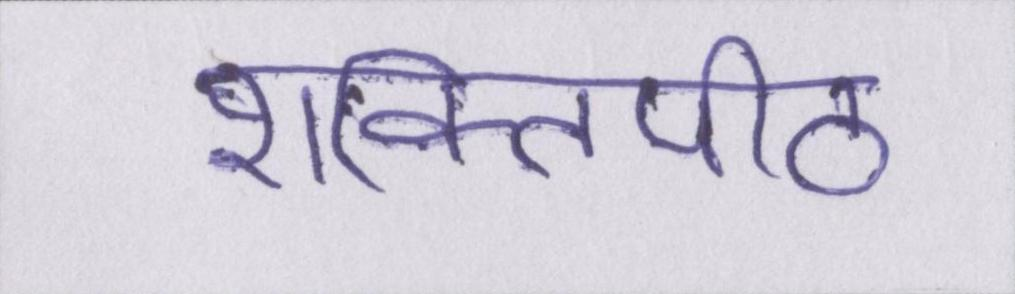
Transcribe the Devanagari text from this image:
शक्तिपीठ